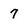
Character: 7